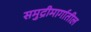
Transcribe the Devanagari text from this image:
समुद्रीमार्गातील